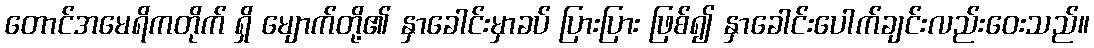
တောင်အမေရိကတိုက် ရှိ မျောက်တို့၏ နှာခေါင်းမှာခပ် ပြားပြား ဖြစ်၍ နှာခေါင်းပေါက်ချင်းလည်းဝေးသည်။